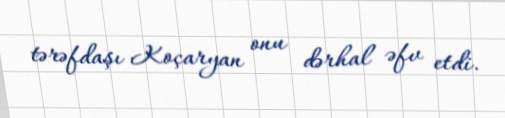
tərəfdaşı Koçaryan onu dərhal əfv etdi.